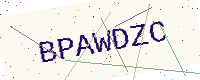
Text: BPAWDZC